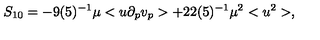
S _ { 1 0 } = - 9 ( 5 ) ^ { - 1 } \mu < u \partial _ { p } v _ { p } > + 2 2 ( 5 ) ^ { - 1 } \mu ^ { 2 } < u ^ { 2 } > ,